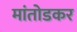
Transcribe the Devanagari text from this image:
मांतोडकर